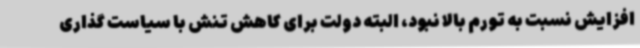
افزایش نسبت به تورم بالا نبود، البته دولت برای کاهش تنش با سیاست گذاری